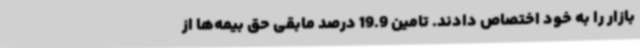
بازار را به خود اختصاص دادند. تامین 19.9 درصد مابقی حق بیمه‌ها از